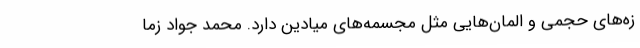
زه‌های حجمی و المان‌هایی مثل مجسمه‌های میادین دارد. محمد جواد زما